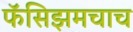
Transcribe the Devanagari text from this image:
फॅसिझमचाच